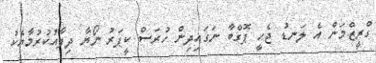
ގްރީޒްމަން އެ ލަނޑު ޖެހީ ޕޮގްބާ ނަގައިދިން ހުރަސް ކީޕަރު ނޯޔާ ދިފާއުކުރުމާއެކު